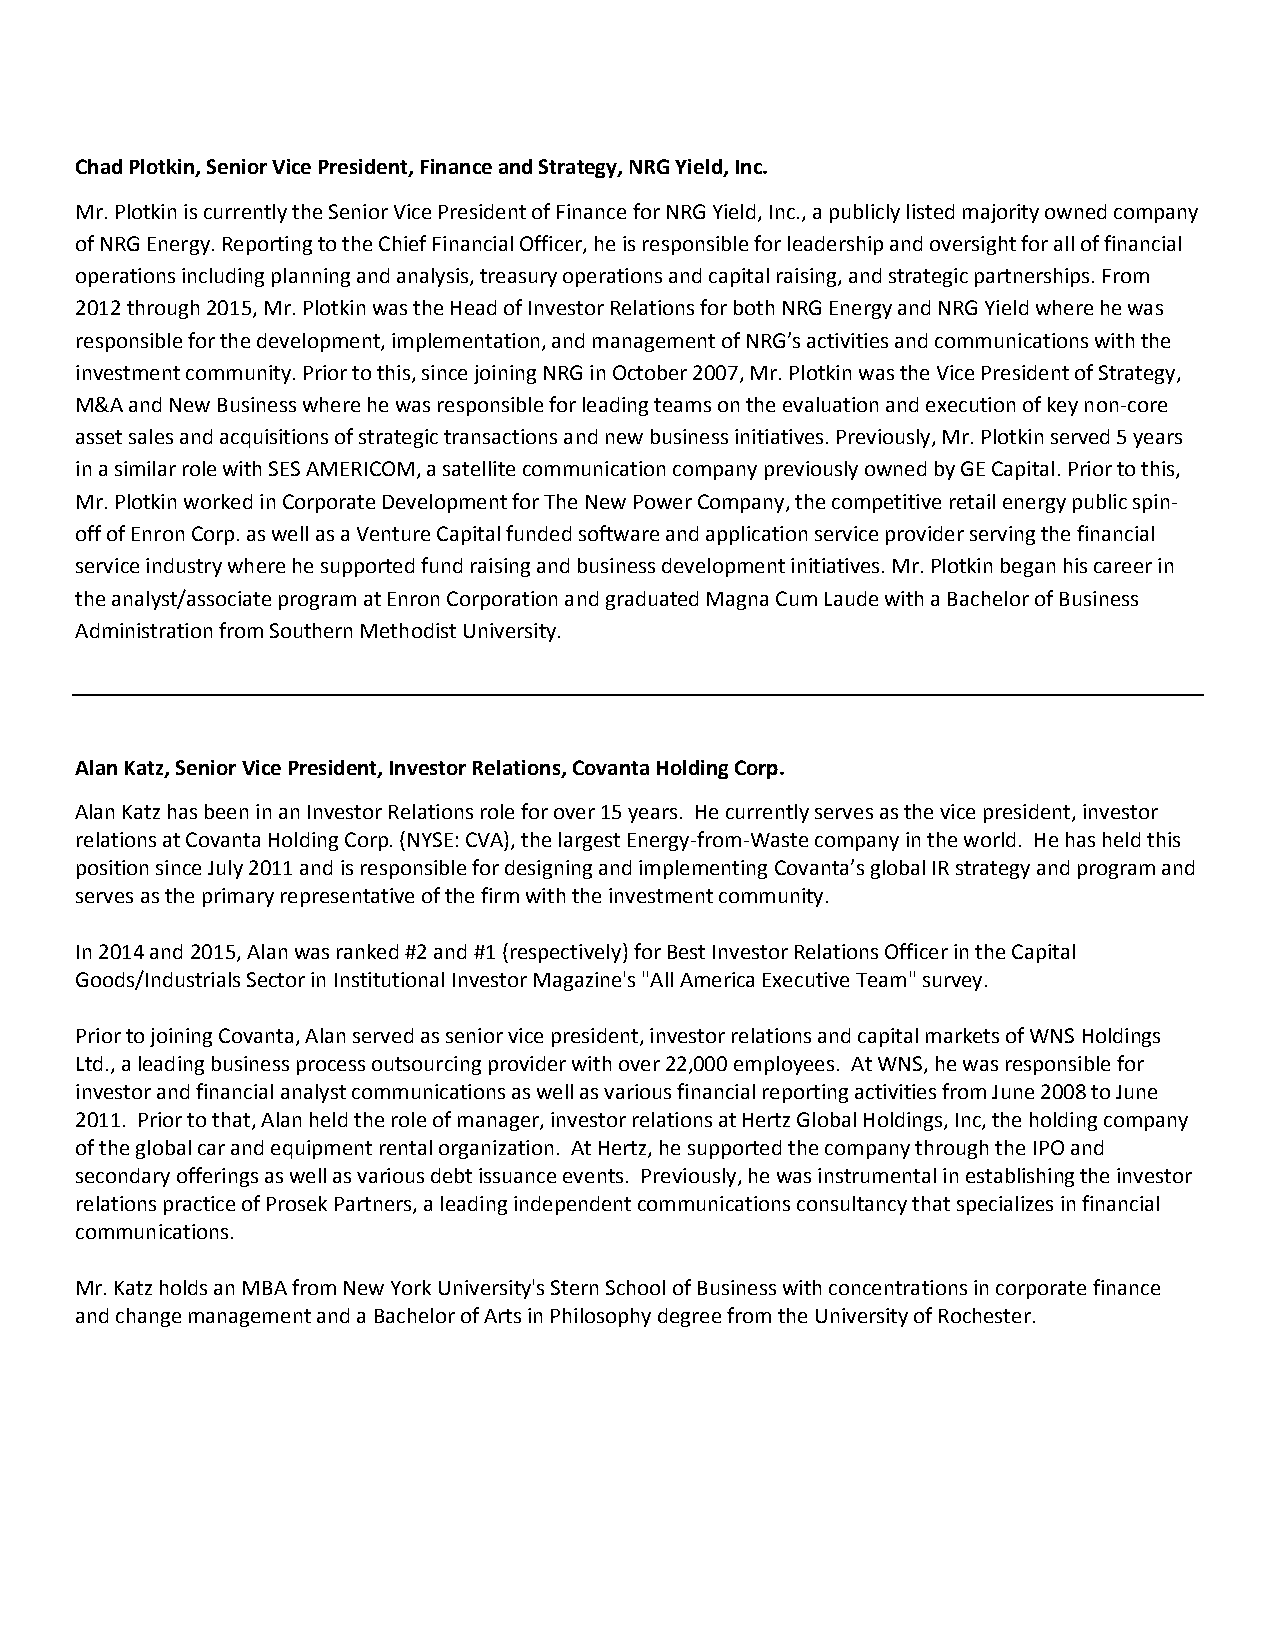
Chad Plotkin, Senior Vice President, Finance and Strategy, NRG Yield, Inc.
 Mr. Plotkin is currently the Senior Vice President of Finance for NRG Yield, Inc., a publicly listed majority owned company
 of NRG Energy. Reporting to the Chief Financial Officer, he is responsible for leadership and oversight for all of financial
 operations including planning and analysis, treasury operations and capital raising, and strategic partnerships. From
 2012 through 2015, Mr. Plotkin was the Head of Investor Relations for both NRG Energy and NRG Yield where he was
 responsible for the development, implementation, and management of NRG’s activities and communications with the
 investment community. Prior to this, since joining NRG in October 2007, Mr. Plotkin was the Vice President of Strategy,
 M&A and New Business where he was responsible for leading teams on the evaluation and execution of key non-core
 asset sales and acquisitions of strategic transactions and new business initiatives. Previously, Mr. Plotkin served 5 years
 in a similar role with SES AMERICOM, a satellite communication company previously owned by GE Capital. Prior to this,
 Mr. Plotkin worked in Corporate Development for The New Power Company, the competitive retail energy public spin-
 off of Enron Corp. as well as a Venture Capital funded software and application service provider serving the financial
 service industry where he supported fund raising and business development initiatives. Mr. Plotkin began his career in
 the analyst/associate program at Enron Corporation and graduated Magna Cum Laude with a Bachelor of Business
 Administration from Southern Methodist University.
 Alan Katz, Senior Vice President, Investor Relations, Covanta Holding Corp.
 Alan Katz has been in an Investor Relations role for over 15 years. He currently serves as the vice president, investor
 relations at Covanta Holding Corp. (NYSE: CVA), the largest Energy-from-Waste company in the world. He has held this
 position since July 2011 and is responsible for designing and implementing Covanta’s global IR strategy and program and
 serves as the primary representative of the firm with the investment community.
 In 2014 and 2015, Alan was ranked #2 and #1 (respectively) for Best Investor Relations Officer in the Capital
 Goods/Industrials Sector in Institutional Investor Magazine's "All America Executive Team" survey.
 Prior to joining Covanta, Alan served as senior vice president, investor relations and capital markets of WNS Holdings
 Ltd., a leading business process outsourcing provider with over 22,000 employees. At WNS, he was responsible for
 investor and financial analyst communications as well as various financial reporting activities from June 2008 to June
 2011. Prior to that, Alan held the role of manager, investor relations at Hertz Global Holdings, Inc, the holding company
 of the global car and equipment rental organization. At Hertz, he supported the company through the IPO and
 secondary offerings as well as various debt issuance events. Previously, he was instrumental in establishing the investor
 relations practice of Prosek Partners, a leading independent communications consultancy that specializes in financial
 communications.
 Mr. Katz holds an MBA from New York University's Stern School of Business with concentrations in corporate finance
 and change management and a Bachelor of Arts in Philosophy degree from the University of Rochester.